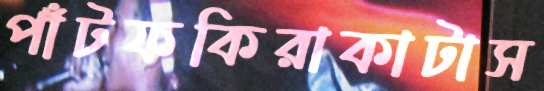
পাঁটফকিরাকাটাস